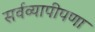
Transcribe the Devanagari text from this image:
सर्वव्यापीपणा